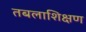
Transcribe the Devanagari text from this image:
तबलाशिक्षण